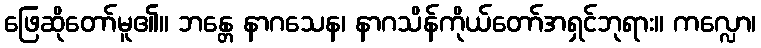
ဖြေဆိုတော်မူ၏။ ဘန္တေ နာဂသေန၊ နာဂသိန်ကိုယ်တော်အရှင်ဘုရား။ ကလ္လော၊